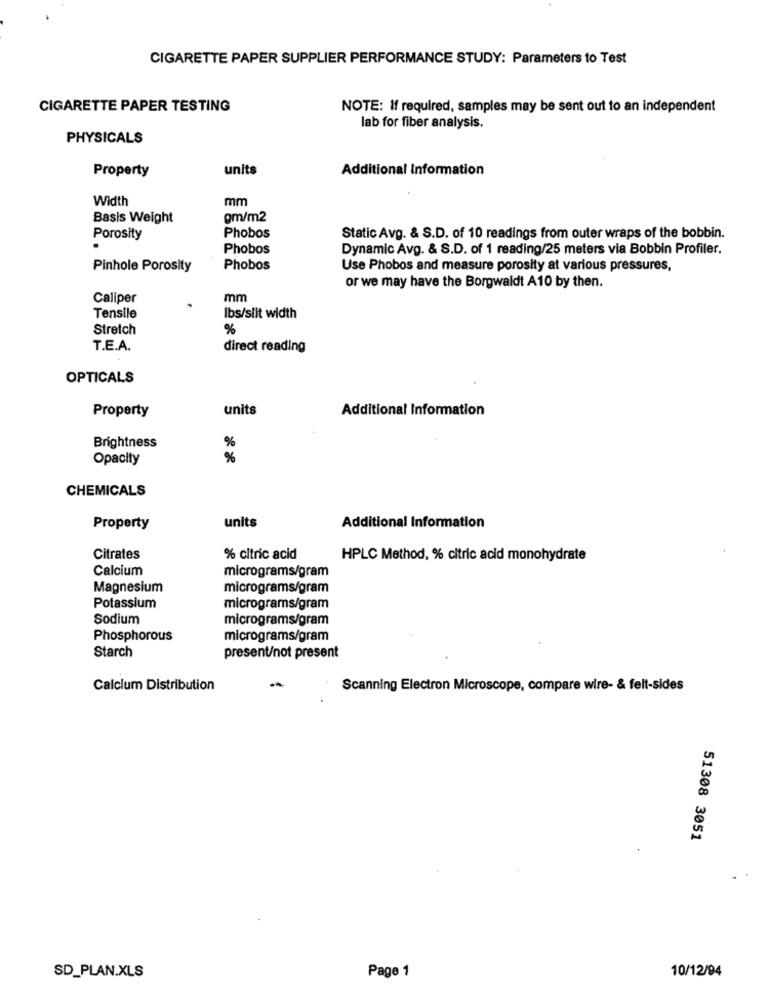
CIGARETTE PAPER SUPPLIER PERFORMANCE STUDY: Parameters to Test
CIGARETTE PAPER TESTING
NOTE: If required, samples may be sent out to an independent
lab for fiber analysis.
PHYSICALS
Property
units
Additional Information
Width
mm
Basis Weight
gm/m2
Porosity
Phobos
Static Avg. & S.D. of 10 readings from outer wraps of the bobbin.
Phobos
Dynamic Avg. & S.D. of 1 reading/25 meters via Bobbin Profiler.
Pinhole Porosity
Phobos
Use Phobos and measure porosity at various pressures,
or we may have the Borgwaldt A10 by then.
Caliper
mm
Tensile
Ibs/slit width
Stretch
%
T.E.A.
direct reading
OPTICALS
Property
units
Additional Information
Brightness
%
Opacity
%
CHEMICALS
Property
units
Additional Information
Citrates
% citric acid
HPLC Method, % citric acid monohydrate
Calcium
micrograms/gram
Magnesium
micrograms/gram
Potassium
micrograms/gram
Sodium
micrograms/gram
Phosphorous
micrograms/gram
Starch
present/not present
-
Calcium Distribution
Scanning Electron Microscope, compare wire- & felt-sides
51308 3051
SD_PLAN.XLS
Page 1
10/12/94